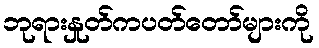
ဘုရားနှုတ်ကပတ်တော်များကို